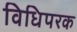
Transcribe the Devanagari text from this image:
विधिपरक